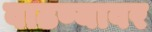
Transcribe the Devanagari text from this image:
वाढण्यावर